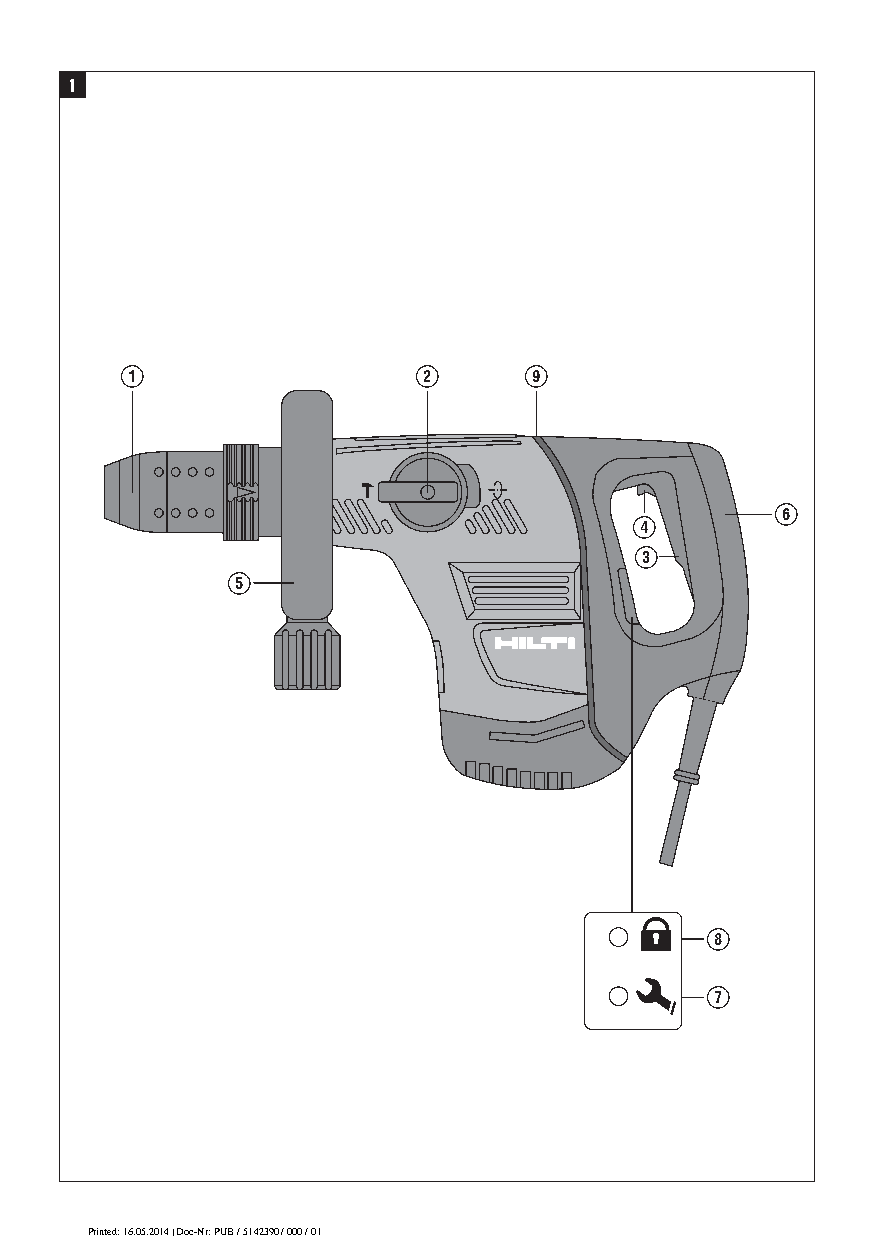
1
 1                   2      9
 6
 4
 3
 5
 8
 7
 Printed: 16.05.2014 | Doc-Nr: PUB / 5142390 / 000 / 01